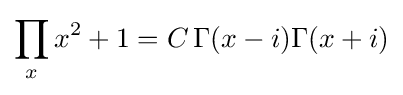
\prod _{x}x^{2}+1=C\,\Gamma (x-i)\Gamma (x+i)